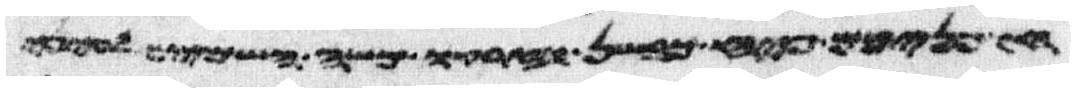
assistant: חפניכם פיח כבשן וזרקו משה השמים לעיני